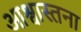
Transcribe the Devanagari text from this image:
आश्वास्तना